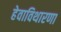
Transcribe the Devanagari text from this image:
हेवाविथारणा